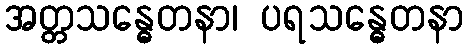
အတ္တသန္ဓေတနာ၊ ပရသန္ဓေတနာ